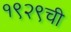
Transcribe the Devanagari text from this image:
१९२९ची